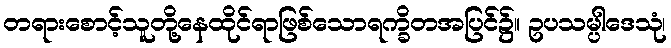
တရားစောင့်သူတို့နေထိုင်ရာဖြစ်သောရက္ခိတအပြင်၌။ ဥပသမ္ပါဒေသုံ၊